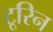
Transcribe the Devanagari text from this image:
टूरिन